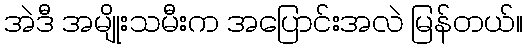
အဲဒီ အမျိုးသမီးက အပြောင်းအလဲ မြန်တယ်။